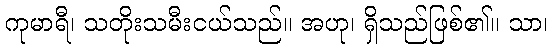
ကုမာရီ၊ သတိုးသမီးငယ်သည်။ အဟု၊ ရှိသည်ဖြစ်၏။ သာ၊